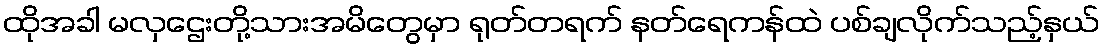
ထိုအခါ မလှဌေးတို့သားအမိတွေမှာ ရုတ်တရက် နတ်ရေကန်ထဲ ပစ်ချလိုက်သည့်နှယ်